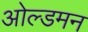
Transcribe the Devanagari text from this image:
ओल्डमन